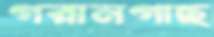
গরানগাছ